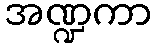
အဏ္ဍကာ